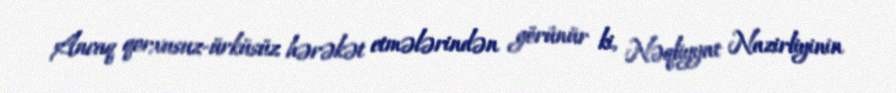
Ancaq qorxusuz-ürküsüz hərəkət etmələrindən görünür ki, Nəqliyyat Nazirliyinin